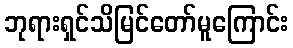
ဘုရားရှင်သိမြင်တော်မူကြောင်း